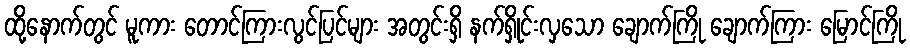
ထို့နောက်တွင် မူကား တောင်ကြားလွင်ပြင်များ အတွင်းရှိ နက်ရှိုင်းလှသော ချောက်ကြို ချောက်ကြား မြောင်ကြို